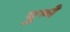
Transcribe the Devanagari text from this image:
पुष्पे